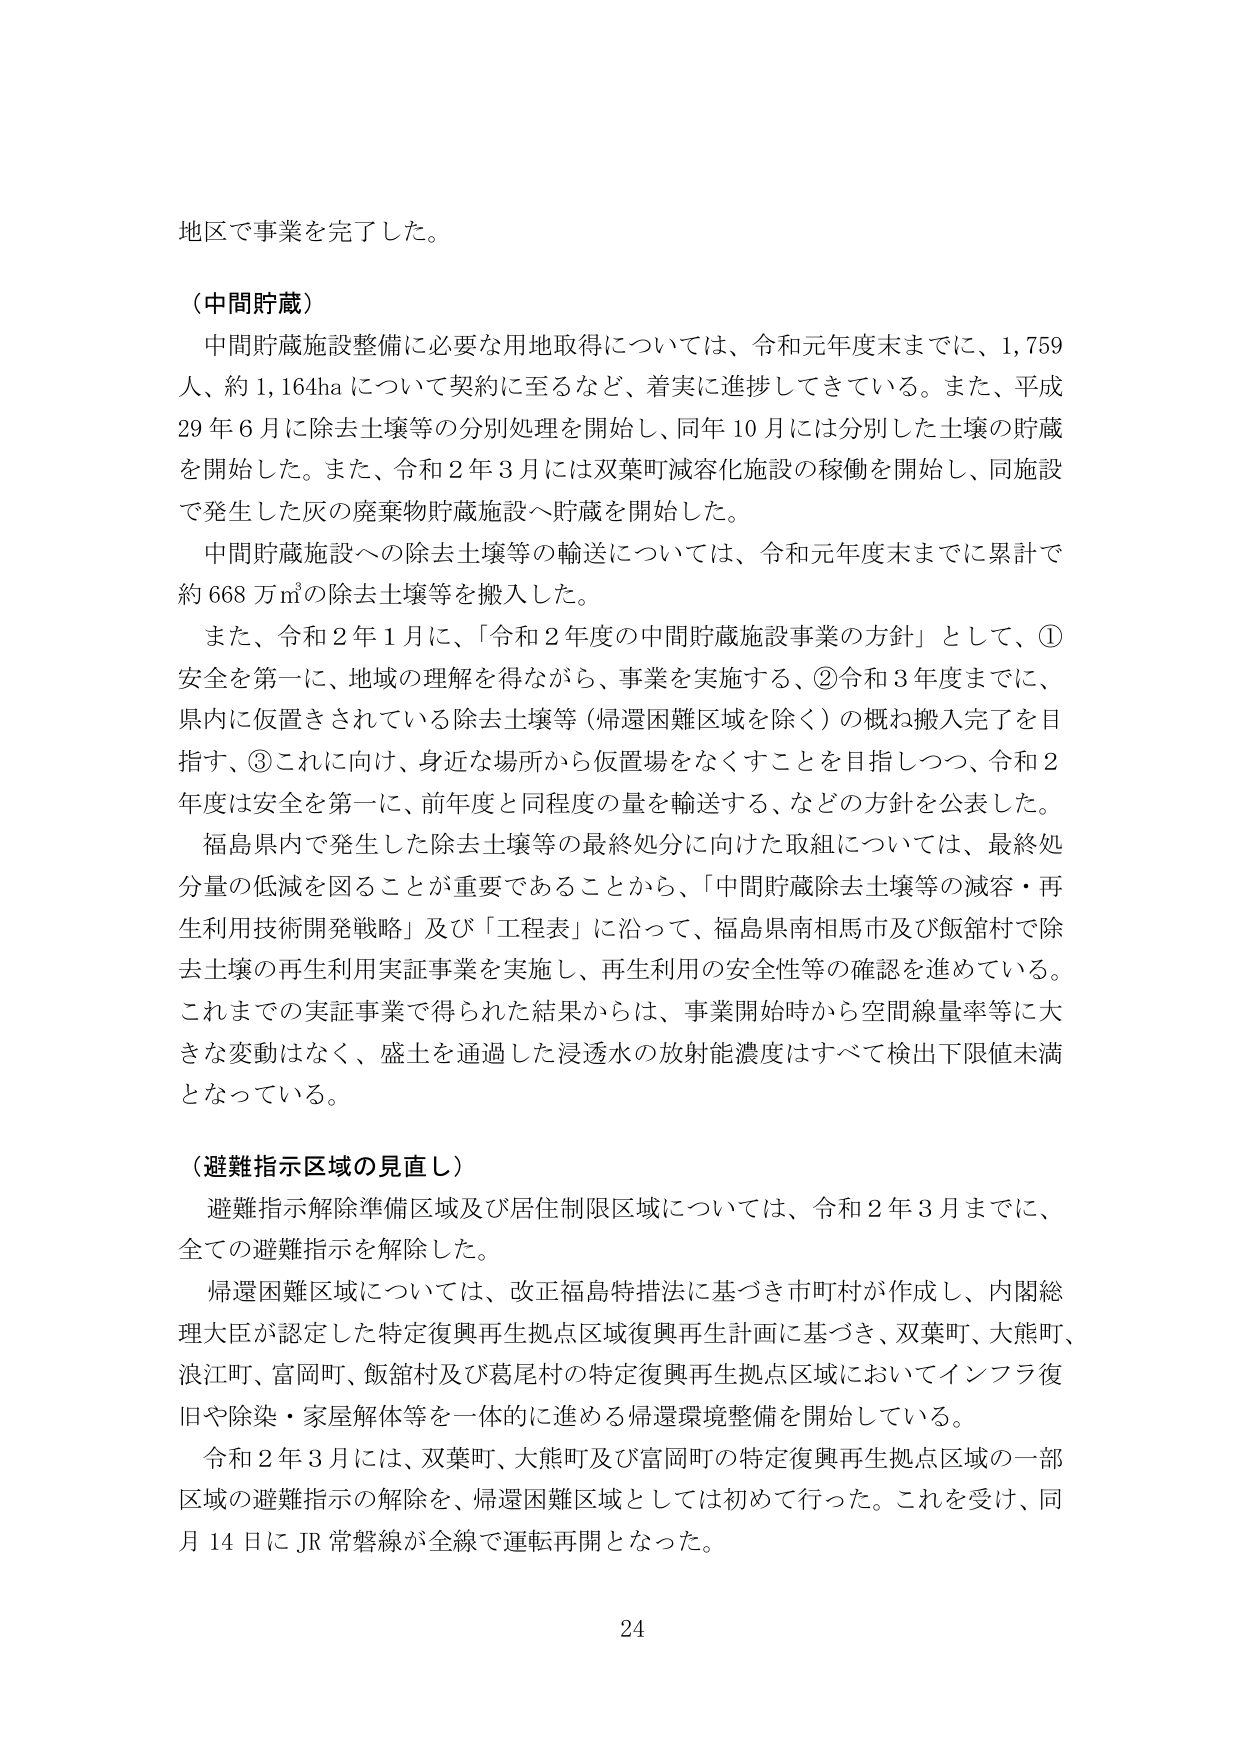
地区で事業を完了した。

（中間貯蔵）
中間貯蔵施設整備に必要な用地取得については、令和元年度末までに、1,759人、約1,164haについて契約に至るなど、着実に進捗してきている。また、平成29年6月に除去土壌等の分別処理を開始し、同年10月には分別した土壌の貯蔵を開始した。また、令和2年3月には双葉町減容化施設の稼働を開始し、同施設で発生した灰の廃棄物貯蔵施設へ貯蔵を開始した。
中間貯蔵施設への除去土壌等の輸送については、令和元年度末までに累計で約668万㎥の除去土壌等を搬入した。
また、令和2年1月に、「令和2年度の中間貯蔵施設事業の方針」として、①安全を第一に、地域の理解を得ながら、事業を実施する、②令和3年度までに、県内に仮置きされている除去土壌等（帰還困難区域を除く）の概ね搬入完了を目指す、③これに向け、身近な場所から仮置場をなくすことを目指しつつ、令和2年度は安全を第一に、前年度と同程度の量を輸送する、などの方針を公表した。
福島県内で発生した除去土壌等の最終処分に向けた取組については、最終処分量の低減を図ることが重要であることから、「中間貯蔵除去土壌等の減容・再生利用技術開発戦略」及び「工程表」に沿って、福島県南相馬市及び飯舘村で除去土壌の再生利用実証事業を実施し、再生利用の安全性等の確認を進めている。これまでの実証事業で得られた結果からは、事業開始時から空間線量率等に大きな変動はなく、盛土を通過した浸透水の放射能濃度はすべて検出下限値未満となっている。

（避難指示区域の見直し）
避難指示解除準備区域及び居住制限区域については、令和2年3月までに、全ての避難指示を解除した。
帰還困難区域については、改正福島特措法に基づき市町村が作成し、内閣総理大臣が認定した特定復興再生拠点区域復興再生計画に基づき、双葉町、大熊町、浪江町、富岡町、飯舘村及び葛尾村の特定復興再生拠点区域においてインフラ復旧や除染・家屋解体等を一体的に進める帰還環境整備を開始している。
令和2年3月には、双葉町、大熊町及び富岡町の特定復興再生拠点区域の一部区域の避難指示の解除を、帰還困難区域としては初めて行った。これを受け、同月14日にJR常磐線が全線で運転再開となった。

24